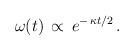
LaTeX: \begin{align*}\:\omega (t) \,\propto \, e^{-\,\kappa t/2} \,.\:\end{align*}